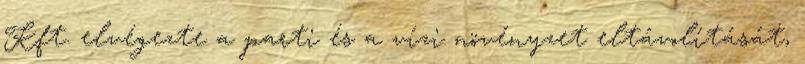
Kft. elvégezte a parti és a vízi növényzet eltávolítását,